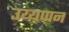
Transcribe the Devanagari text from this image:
उय्यप्पन